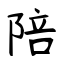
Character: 陪